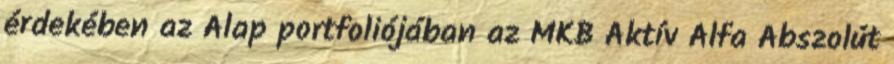
érdekében az Alap portfoliójában az MKB Aktív Alfa Abszolút